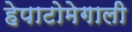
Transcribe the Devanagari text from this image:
हेपाटोमेगाली